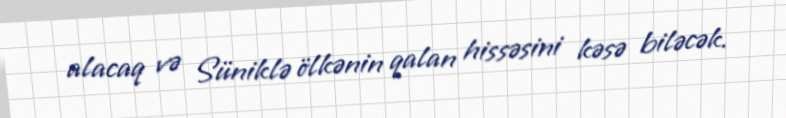
alacaq və Süniklə ölkənin qalan hissəsini kəsə biləcək.